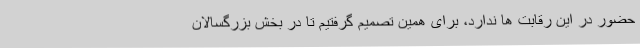
حضور در این رقابت ها ندارد، برای همین تصمیم گرفتیم تا در بخش بزرگسالان